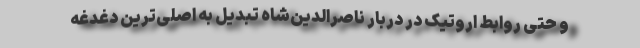
و حتی روابط اروتیک در دربار ناصرالدین‌شاه تبدیل به اصلی‌ترین دغدغه